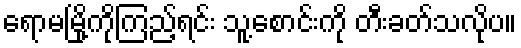
ရောမမြို့ကိုကြည့်ရင်း သူ့စောင်းကို တီးခတ်သလိုပ။